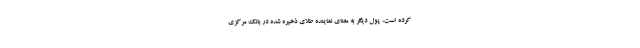
کرده است، پول دیگر به معنای نماینده طلای ذخیره شده در بانک مرکزی